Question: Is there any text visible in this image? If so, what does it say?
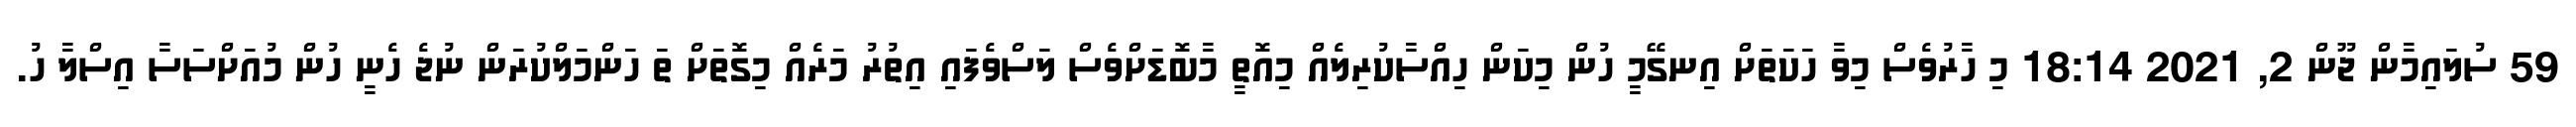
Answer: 59 ސުލައިމާން ޖޫން 2, 2021 18:14 މި ހާރުވެސް މިވާ ހަކަތަށް އިނގޭމީ ހުން މިކަން ހިއްސާކުރިލެއް މިއޮތީ މާބޮޑަށްވެސް ލަސްވެފައި އިތުރު މަރެއް މިގޮތަށް ތަ ހަންމަލްކުރަން ނުޖެ ހެނީ ހުން މުއަށްސަސާ އިސްލާ ހު.